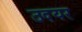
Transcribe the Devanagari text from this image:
उदयर